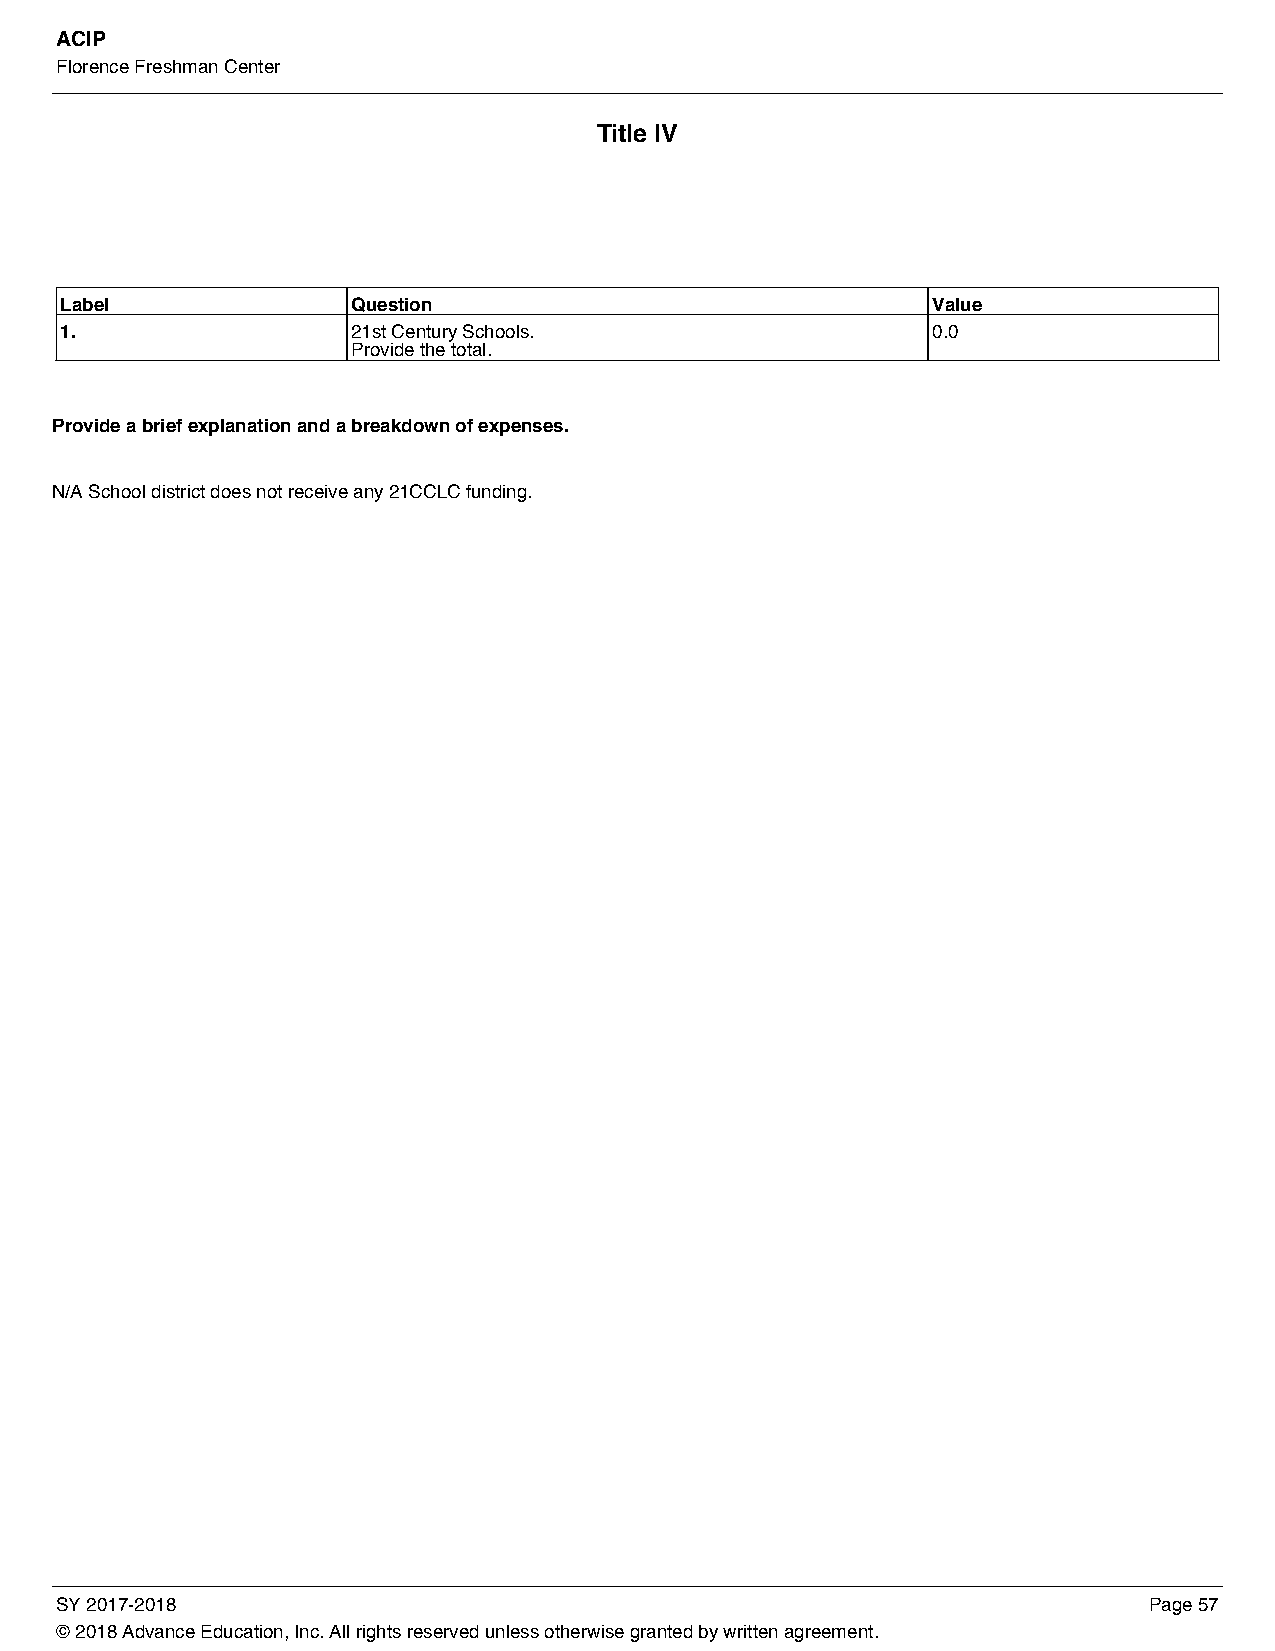
ACIP
 Florence Freshman Center
 Title IV
 Label              Question                               Value
 1.                 21st Century Schools.                  0.0
 Provide the total.
 Provide a brief explanation and a breakdown of expenses.
 N/A School district does not receive any 21CCLC funding.
 SY 2017-2018                                                            Page 57
 © 2018 Advance Education, Inc. All rights reserved unless otherwise granted by written agreement.